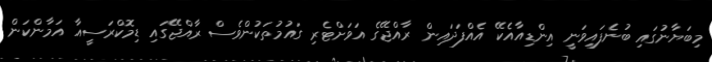
މިބަޔާނުގައި ބުނެފައިވަނީ އިންޑިއާއެކޭ އެއްފަދައިން ރާއްޖޭގެ އަވަށްޓެރި ގައުމުތަކުންވެސް ރާއްޖޭގައި ޑިމޮކްރަސީއާ އަމާންކަން